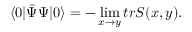
\langle 0 | \bar { \Psi } \Psi | 0 \rangle = - \operatorname * { l i m } _ { x \to y } t r S ( x , y ) .